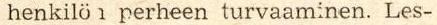
nenkilö 1 perheen turvaaminen. Les-